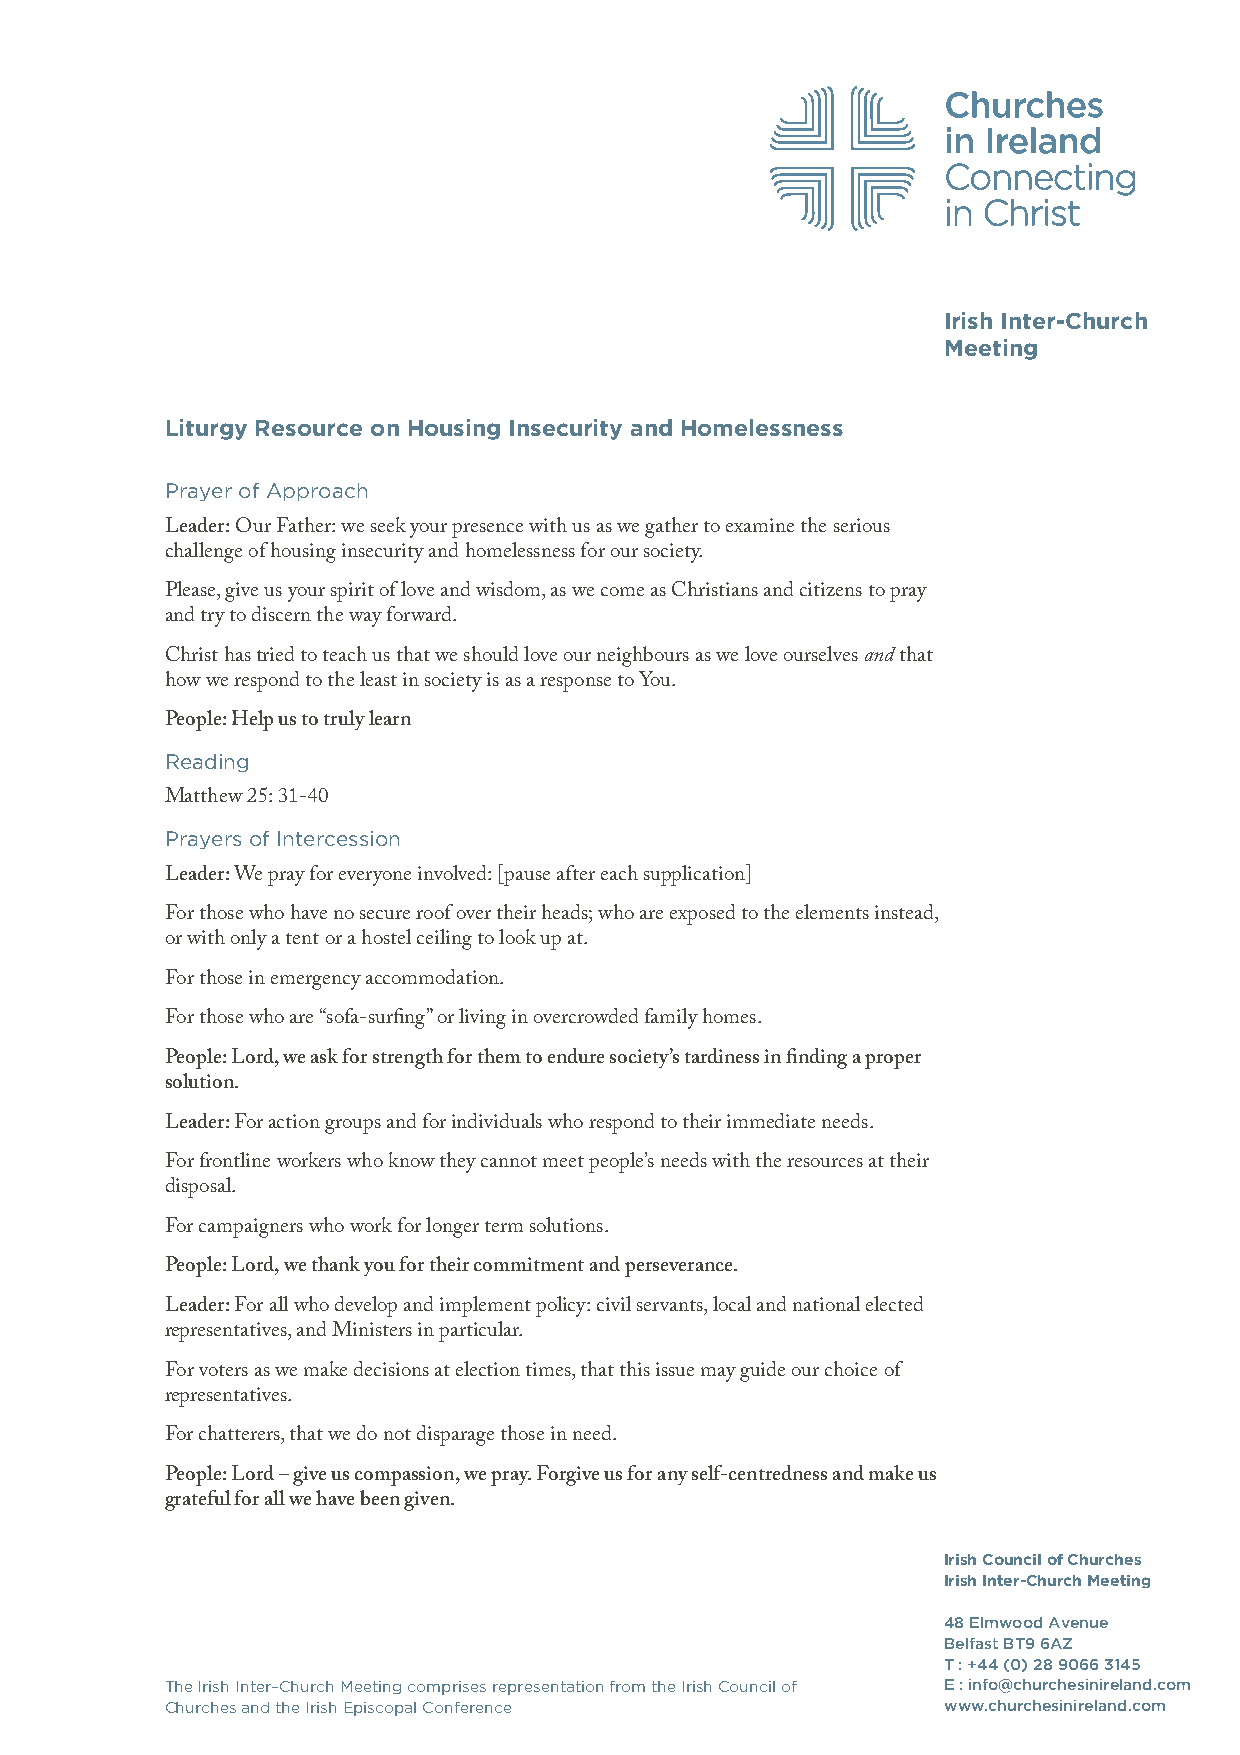
Irish Inter-Church
 Meeting
 Liturgy Resource on Housing Insecurity and Homelessness
 Prayer of Approach
 Leader: Our Father: we seek your presence with us as we gather to examine the serious
 challenge of housing insecurity and homelessness for our society.
 Please, give us your spirit of love and wisdom, as we come as Christians and citizens to pray
 and try to discern the way forward.
 Christ has tried to teach us that we should love our neighbours as we love ourselves and that
 how we respond to the least in society is as a response to You.
 People: Help us to truly learn
 Reading
 Matthew 25: 31-40
 Prayers of Intercession
 Leader: We pray for everyone involved: [pause after each supplication]
 For those who have no secure roof over their heads; who are exposed to the elements instead,
 or with only a tent or a hostel ceiling to look up at.
 For those in emergency accommodation.
 For those who are “sofa-surfing” or living in overcrowded family homes.
 People: Lord, we ask for strength for them to endure society’s tardiness in finding a proper
 solution.
 Leader: For action groups and for individuals who respond to their immediate needs.
 For frontline workers who know they cannot meet people’s needs with the resources at their
 disposal.
 For campaigners who work for longer term solutions.
 People: Lord, we thank you for their commitment and perseverance.
 Leader: For all who develop and implement policy: civil servants, local and national elected
 representatives, and Ministers in particular.
 For voters as we make decisions at election times, that this issue may guide our choice of
 representatives.
 For chatterers, that we do not disparage those in need.
 People: Lord – give us compassion, we pray. Forgive us for any self-centredness and make us
 grateful for all we have been given.
 Irish Council of Churches
 Irish Inter-Church Meeting
 48 Elmwood Avenue
 Belfast BT9 6AZ
 T : +44 (0) 28 9066 3145
 The Irish Inter–Church Meeting comprises representation from the Irish Council of E : info@churchesinireland.com
 Churches and the Irish Episcopal Conference        www.churchesinireland.com